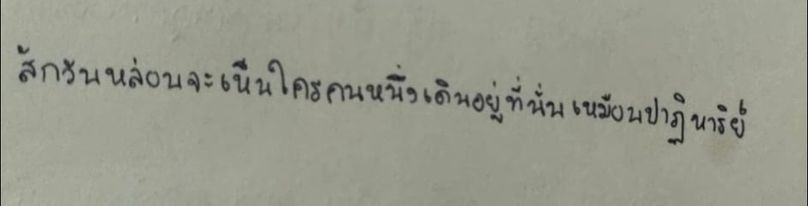
สักวันหล่อนจะเห็นใครคนหนึ่งเดินอยู่ที่นั่นเหมือนปาฏิหาริย์